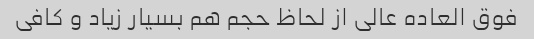
فوق العاده عالی از لحاظ حجم هم بسیار زیاد و کافی